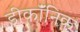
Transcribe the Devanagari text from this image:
डीकॉंनिक